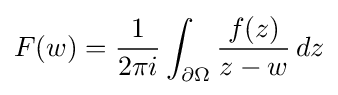
\displaystyle {F(w)={1 \over 2\pi i}\int _{\partial \Omega }{f(z) \over z-w}\,dz}